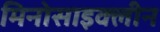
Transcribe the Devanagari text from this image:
मिनोसाइक्लीन